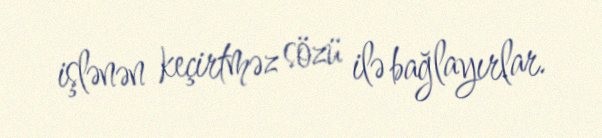
işlənən keçirtməz sözü ilə bağlayırlar.